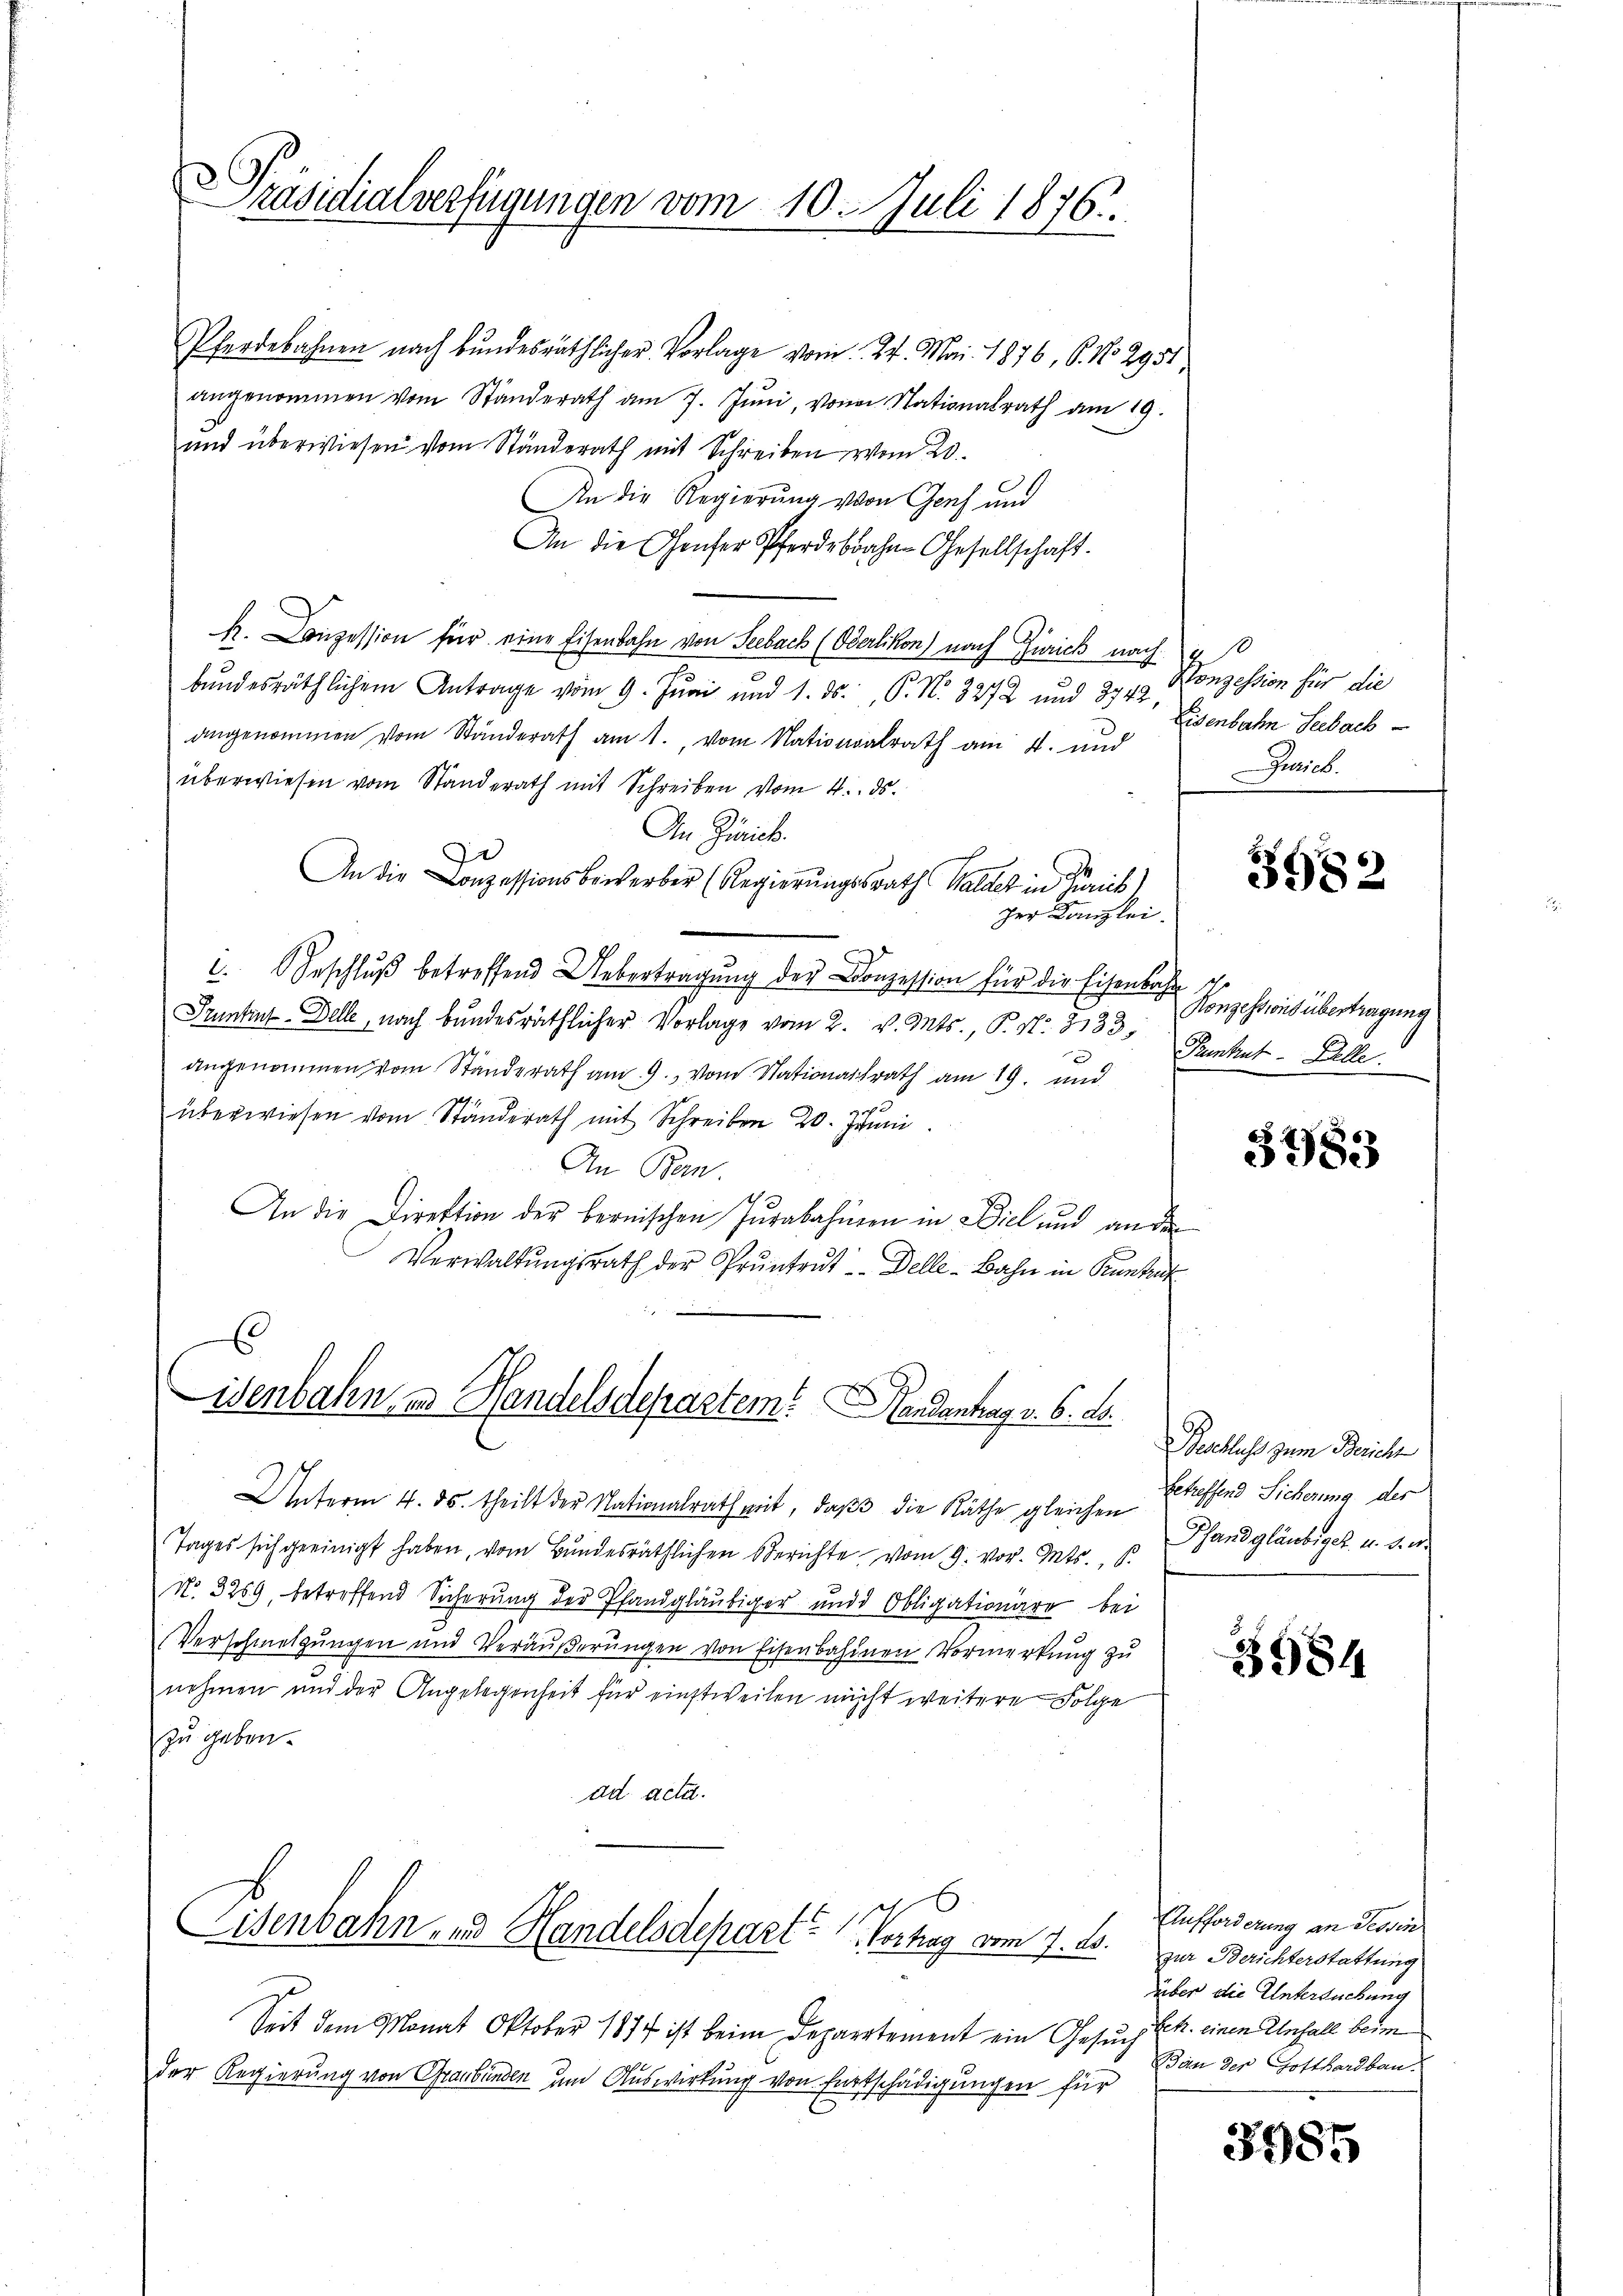
Präsidialverfügungen vom 10. Juli 1876.
1

Pferdebahnen nach bundesräthlicher Vorlage vom 24. Mai 1876, 6. No 2951
angenommen vom Ständerath am 7. Jŭni, von Nationalrath am 19.
und überwiesen vom Ständerath mit Schreiben vom 20.
An die Regierung von Genf und
An die Genfer Pferdebahn-Gesellschaft.
R. Conzession für eine Eisenbahn von Seebach (Oberlikon) nach Zürich nach
bundesräthlichem Antrage vom 9. Juni und 1. ds. P. N. 3272 und 394. Konzession für die
angenommen vom Ständerath am 1., vom Nationalrath am 4. und
überwiesen vom Standerath mit Schreiben vom 4. ds.
An Zürich.
An die Conzessionsbewerber (Regierungsrath Walder in Zürich)
zer Kanzlei.
. Beschlŭβ betreffend Uebertragŭng der Conzession für die Eisenbahn schr
Trunkens-Delle, nach bundesräthlicher Vorlage vom 2. v. Mts., P. N. 2133;
angenommen vom Standerath am 9. vom Nationalrath am 19. und
überwiesen vom Ständerath mit Schreiben 20. Junii
An Ban
An die Direktion der bernischen Jurabahnen in Ziel und an den
Verwaltungsrath der Pruntrut Delle - Bahn in Kuntrut
E

isenbahn, und Handelsdepartem Handantrag v. 6. ds.

Eisenbahn- und Handelsdepart? Wertung vom 7. ds.

Unterm 4. ds. theilt der Nationalrath mit, daß die Räthe gleichen Ehreffend Sicherung der
Tages sich geeinigt haben, vom Bundesräthlichen Berichte vom 9. vor. Mts.,
No. 3259, betreffend Sicherung der Pfandgläubiger und Obligationäre bei
Verschmelzungen und Veräŭβerŭngen von Eisenbahnen Vormerkung zu
nehmen und der Angelegenheit für einstweilen nicht weitere Folge
zu geben.
ad acta.

Seit dem Monat Oktober 1874 ist beim Departement ein Gesuch Ek. einen Unfall beim
der Regierung von Graubünden um Auswirkung von Entschädigungen für

Eisenbahn Seebach
Gerich.

3982

Honzessions übertragung
Pnhuf-Zelle.

3783

Beschluss zum Bericht
Pfandgläubiger u. d. d.

3984

Aufforderung an Sessen
zur Berichterstattung
über die Untersuchung
Ban der Gotthardbau.

3985